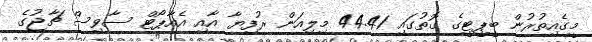
މީގެއިތުރުން ބީޕީޓީގެ ގޮތުގައި 44.41 މިލިއަން ރުފިޔާ އާއި އެއާޕޯޓް ސާވިސް ޗާޖުގެ